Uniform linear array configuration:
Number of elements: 48
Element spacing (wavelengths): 0.75
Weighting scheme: kaiser
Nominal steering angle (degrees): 30
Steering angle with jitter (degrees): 30.788
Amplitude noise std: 0.05
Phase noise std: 0.05

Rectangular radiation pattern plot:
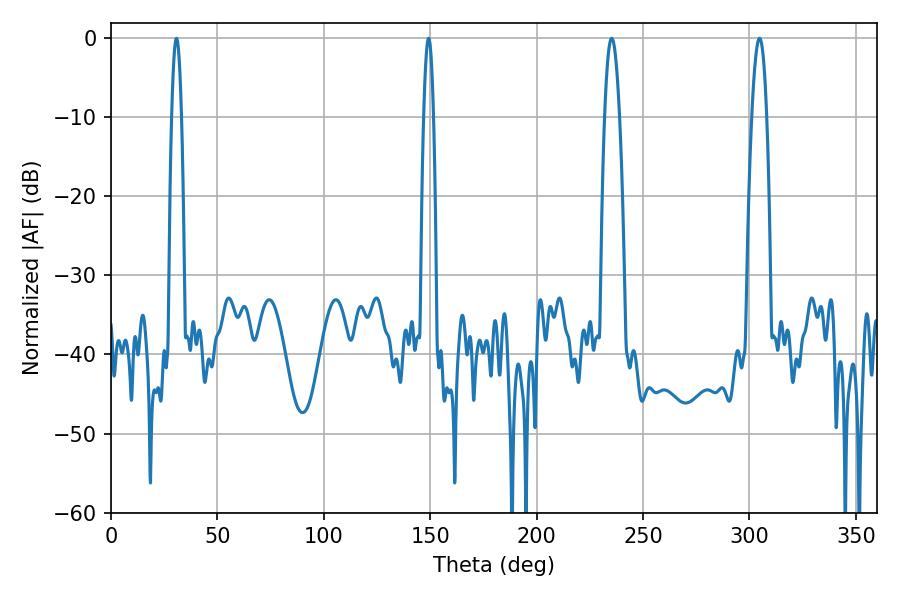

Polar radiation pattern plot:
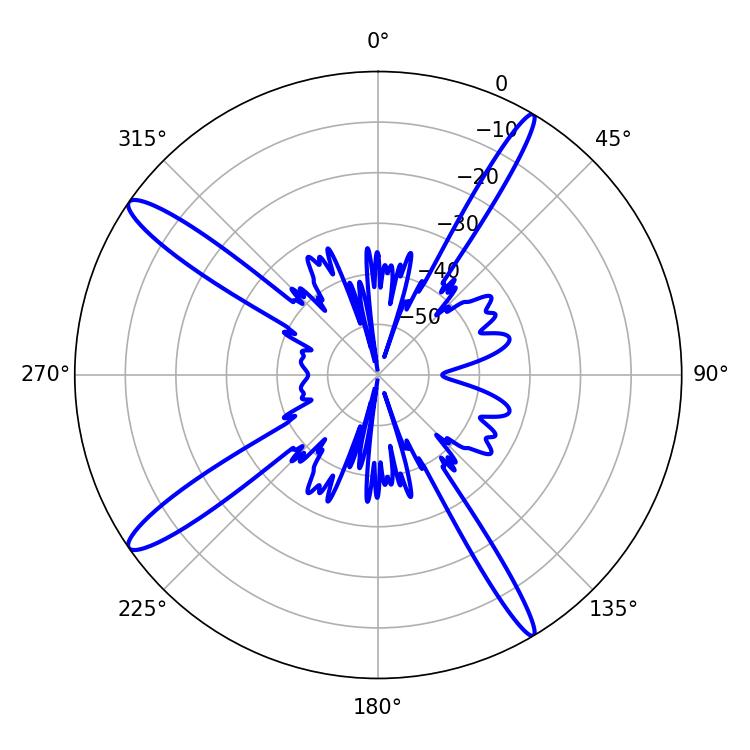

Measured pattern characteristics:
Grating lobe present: TRUE
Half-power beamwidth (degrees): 3.78
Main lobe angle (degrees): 235.26